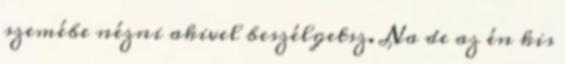
szemébe nézni akivel beszélgetsz. Na de az én kis